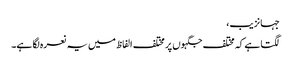
جہانزیب،
لگتا ہے کہ مختلف جگہوں پر مختلف الفاظ میں یہ نعرہ لگا ہے۔